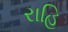
રાહિ